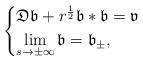
LaTeX: \begin{align*} \begin{cases} \mathfrak{D}\mathfrak{b}+r^{\frac{1}{2}} \mathfrak{b}*\mathfrak{b}=\mathfrak{v}\\ \lim\limits_{s \to \pm \infty} \mathfrak{b}=\mathfrak{b}_{\pm},\\ \end{cases}\end{align*}